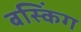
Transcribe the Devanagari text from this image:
बस्किंग